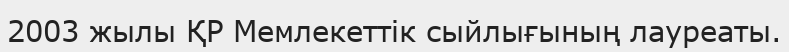
2003 жылы ҚР Мемлекеттік сыйлығының лауреаты.